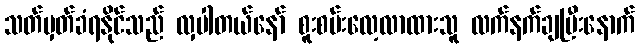
သတ်မှတ်ခံရနိုင်သည် လှပါတယ်နော် စူးစမ်းလေ့လာထားသူ လက်နက်ချပြီးနောက်